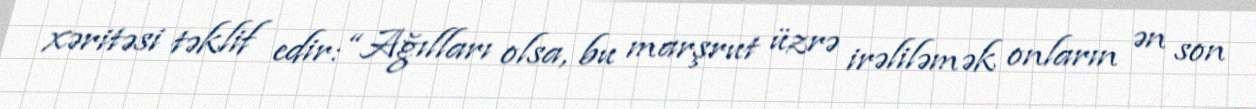
xəritəsi təklif edir: “Ağılları olsa, bu marşrut üzrə irəliləmək onların ən son